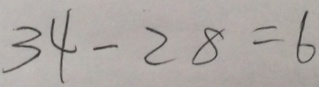
3 4 - 2 8 = 6